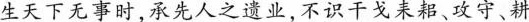
生天下无事时，承先人之遗业，不识干戈来船、攻守、耕